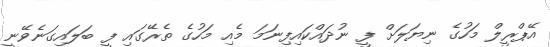
އޭޕްރީލް މަހުގެ ނިޔަލަށް ފީ ނުދައްކައިފިނަމަ މެއި މަހުގެ ތެރޭގައި ފީ ބަލައިގަނެވޭނީ